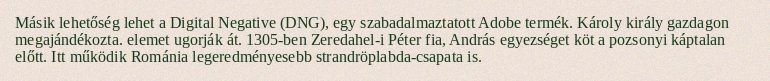
Másik lehetőség lehet a Digital Negative (DNG), egy szabadalmaztatott Adobe termék. Károly király gazdagon megajándékozta. elemet ugorják át. 1305-ben Zeredahel-i Péter fia, András egyezséget köt a pozsonyi káptalan előtt. Itt működik Románia legeredményesebb strandröplabda-csapata is.